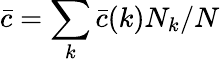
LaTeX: \bar{c}=\sum_{k}\bar{c}(k)N_{k}/N